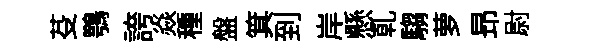
芟鶚誇焱種盤箕到岸懸乹騶萝昻尉